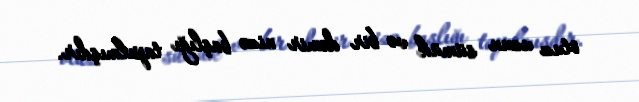
otuz uzun sümük və bir dəmir nizə başlığı tapılmışdır.